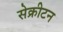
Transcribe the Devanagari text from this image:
सेक्रीटन